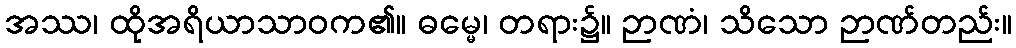
အဿ၊ ထိုအရိယာသာဝက၏။ ဓမ္မေ၊ တရား၌။ ဉာဏံ၊ သိသော ဉာဏ်တည်း။